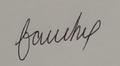
Signature authenticity: forged